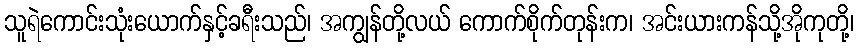
သူရဲကောင်းသုံးယောက်နှင့်ခရီးသည်၊ အကျွန်တို့လယ် ကောက်စိုက်တုန်းက၊ အင်းယားကန်သို့အိုကုတို့၊